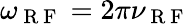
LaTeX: \omega_{\mathrm{~R~F~}}=2\pi\nu_{\mathrm{~R~F~}}